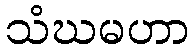
သံဃမဟာ